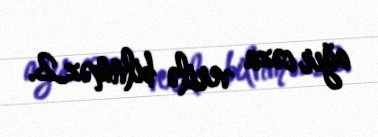
ağır cəza verilə bilnməz.2.